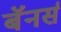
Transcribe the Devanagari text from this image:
बॅनर्स